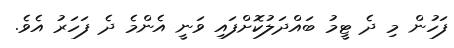
ފަހުން މި ދެ ޓީމު ބައްދަލުކޮށްފައި ވަނީ އެންމެ ދެ ފަހަރު އެވެ.